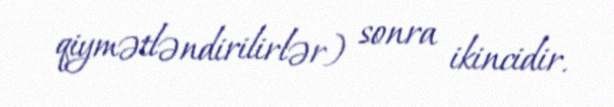
qiymətləndirilirlər) sonra ikincidir.